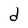
Character: d